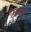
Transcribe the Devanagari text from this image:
एल्य्से